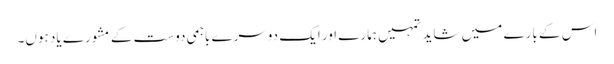
اس کے بارے میں شاید تمہیں ہمارے اور ایک دوسرے باہمی دوست کے مشورے یاد ہوں۔